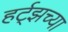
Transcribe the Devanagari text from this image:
हर्ट्‌झच्या